Leaving Certificate Examination, 1915
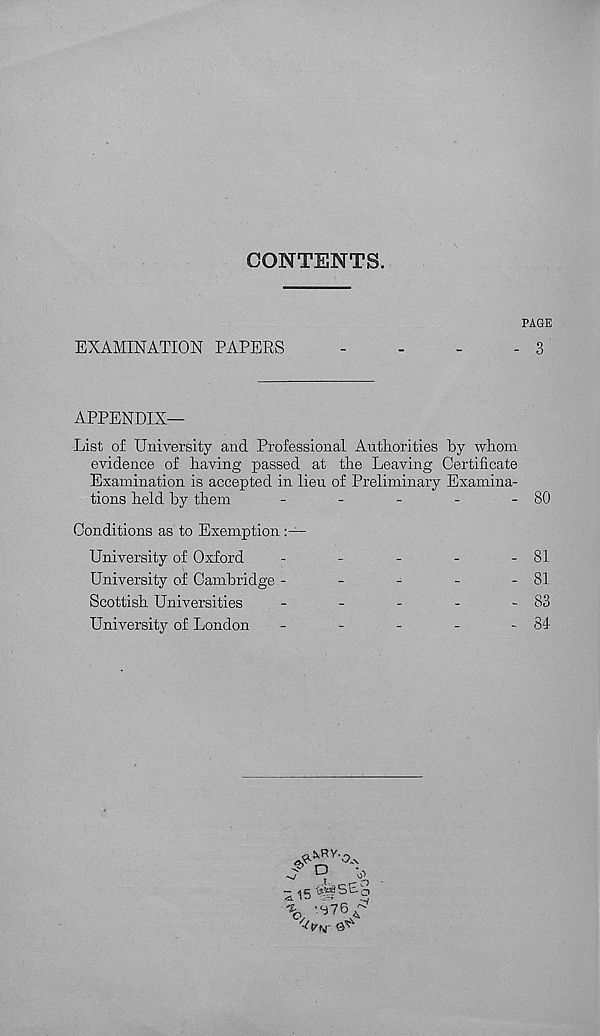
CONTENTS.
PAGE
EXAMINATION PAPERS
-
-
-
- 3
APPENDIX—
List of University and Professional Authorities by whom
evidence of having passed at the Leaving Certificate
Examination is accepted in lieu of Preliminary Examina-
tions held by them
80
Conditions as to Exemption -
University of Oxford
81
81
83
84
University of Cambridge -
Scottish Universities
University of London